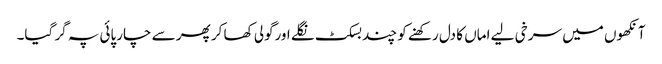
آنکھوں میں سرخی لیے اماں کا دل رکھنے کو چند بسکٹ نگلے اورگولی کھا کر پھر سے چارپائی پہ گر گیا۔